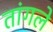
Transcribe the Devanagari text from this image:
तांगले